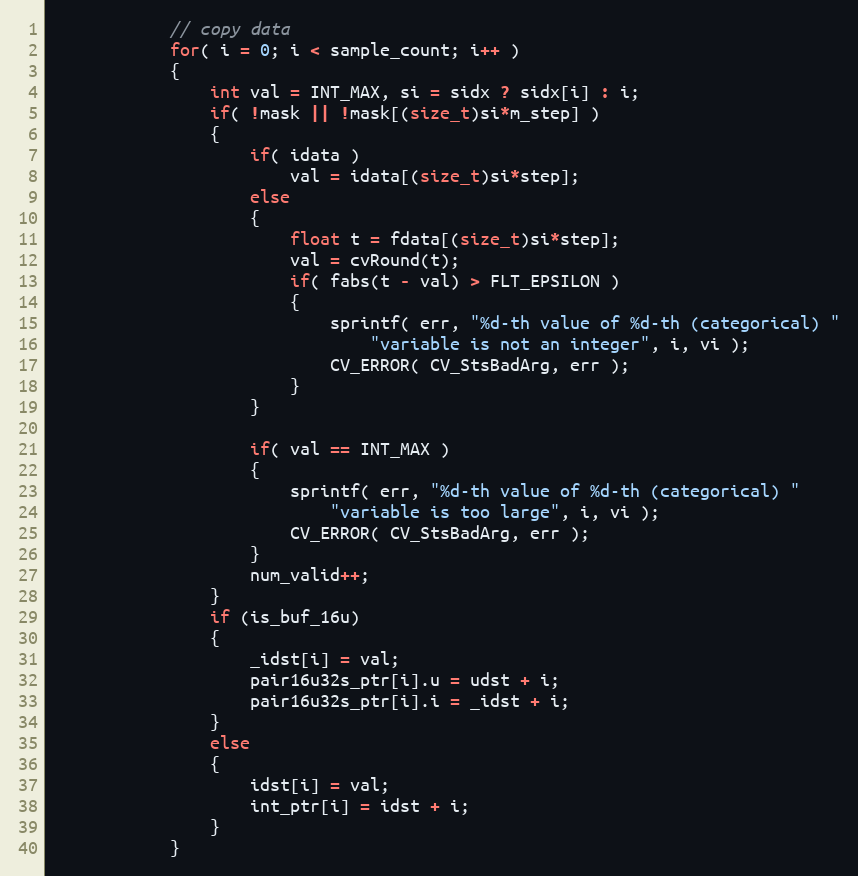
Language: C++
            // copy data
            for( i = 0; i < sample_count; i++ )
            {
                int val = INT_MAX, si = sidx ? sidx[i] : i;
                if( !mask || !mask[(size_t)si*m_step] )
                {
                    if( idata )
                        val = idata[(size_t)si*step];
                    else
                    {
                        float t = fdata[(size_t)si*step];
                        val = cvRound(t);
                        if( fabs(t - val) > FLT_EPSILON )
                        {
                            sprintf( err, "%d-th value of %d-th (categorical) "
                                "variable is not an integer", i, vi );
                            CV_ERROR( CV_StsBadArg, err );
                        }
                    }

                    if( val == INT_MAX )
                    {
                        sprintf( err, "%d-th value of %d-th (categorical) "
                            "variable is too large", i, vi );
                        CV_ERROR( CV_StsBadArg, err );
                    }
                    num_valid++;
                }
                if (is_buf_16u)
                {
                    _idst[i] = val;
                    pair16u32s_ptr[i].u = udst + i;
                    pair16u32s_ptr[i].i = _idst + i;
                }
                else
                {
                    idst[i] = val;
                    int_ptr[i] = idst + i;
                }
            }